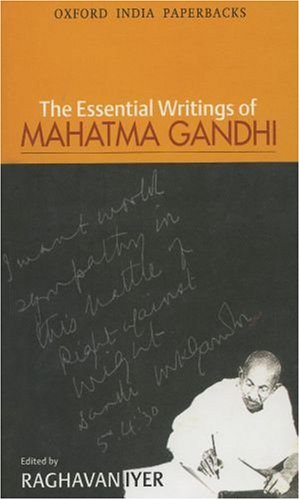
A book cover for The Essential Writings of Mahatma Gandhi (Oxford India Paperbacks); Mahatma Gandhi; Religion & Spirituality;